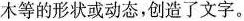
木等的形状或动态，创造了文字。